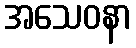
အသေဝနာ